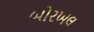
બોરખલ